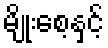
မျိုးစေ့နှင့်